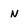
Character: N